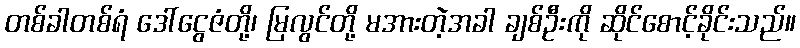
တစ်ခါတစ်ရံ ဒေါ်ငွေဇံတို့၊ မြလွင်တို့ မအားတဲ့အခါ ချစ်ဦးကို ဆိုင်စောင့်ခိုင်းသည်။